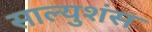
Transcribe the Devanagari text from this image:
साल्युशंस